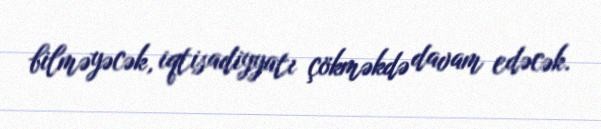
bilməyəcək, iqtisadiyyatı çökməkdə davam edəcək.